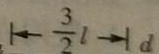
1 \leftarrow \frac { 3 } { 2 } 1 \rightarrow 1 d